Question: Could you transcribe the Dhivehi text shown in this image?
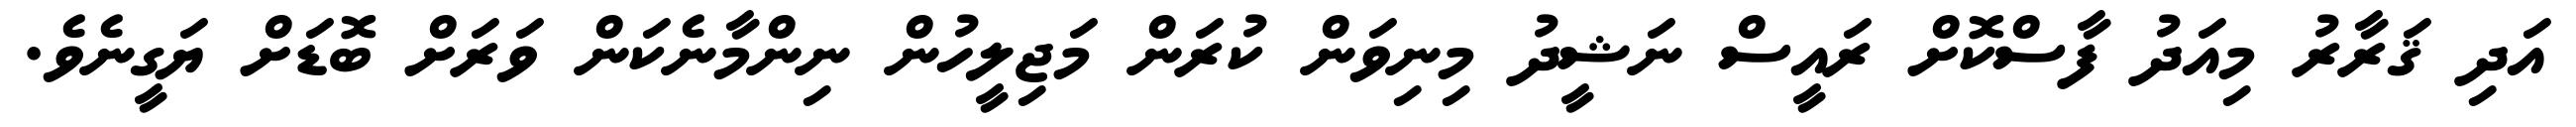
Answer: އަދި ޤަރާރު މިއަދު ފާސްކޮށް ރައީސް ނަޝީދު މިނިވަން ކުރަން މަޖިލީހުން ނިންމާނެކަން ވަރަށް ބޮޑަށް ޔަގީނެވެ.